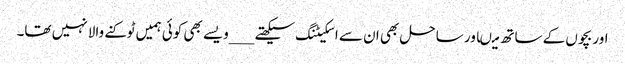
اور بچوں کے ساتھ میںاور ساحل بھی ان سے اسکیٹنگ سیکھتے ___ویسے بھی کوئی ہمیں ٹوکنے والا نہیں تھا۔